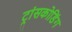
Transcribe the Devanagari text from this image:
ट्रांसकोडिंग